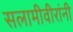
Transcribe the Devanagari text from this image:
सलामीवीरांनी